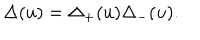
\Delta ( u ) = \Delta _ { + } ( u ) \Delta _ { - } ( u ) .